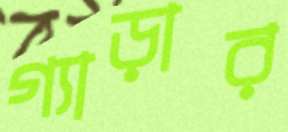
গ্যাড়ার